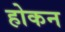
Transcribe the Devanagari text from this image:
होकन